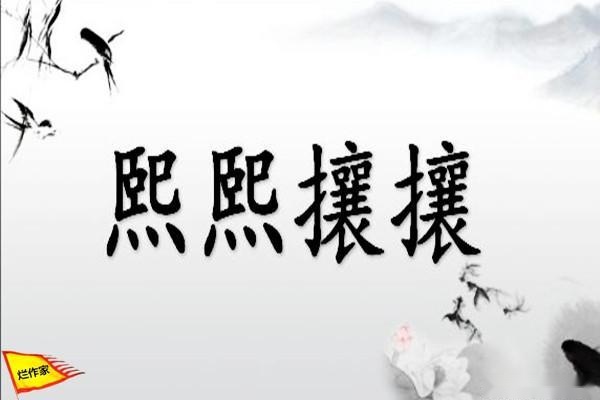
天下熙熙，皆为利来天下攘攘，皆为利往。